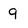
Character: 9